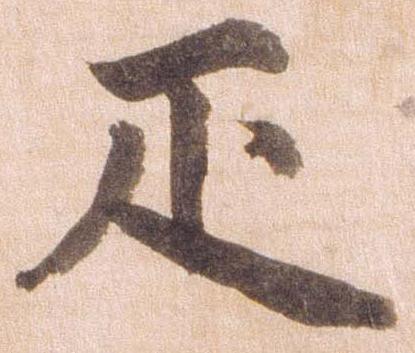
疋